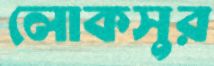
লোকসুর